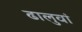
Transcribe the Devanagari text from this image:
ढालुवां